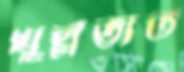
খুল্লতাত